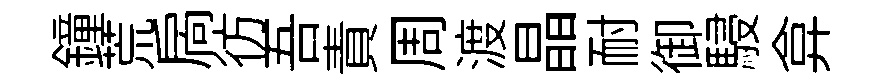
鐘荒扄彷吾責周渡晶耐御駸弇